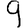
Digit: 9